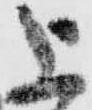
上